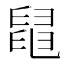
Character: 𦦁